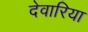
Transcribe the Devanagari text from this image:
देवारिया